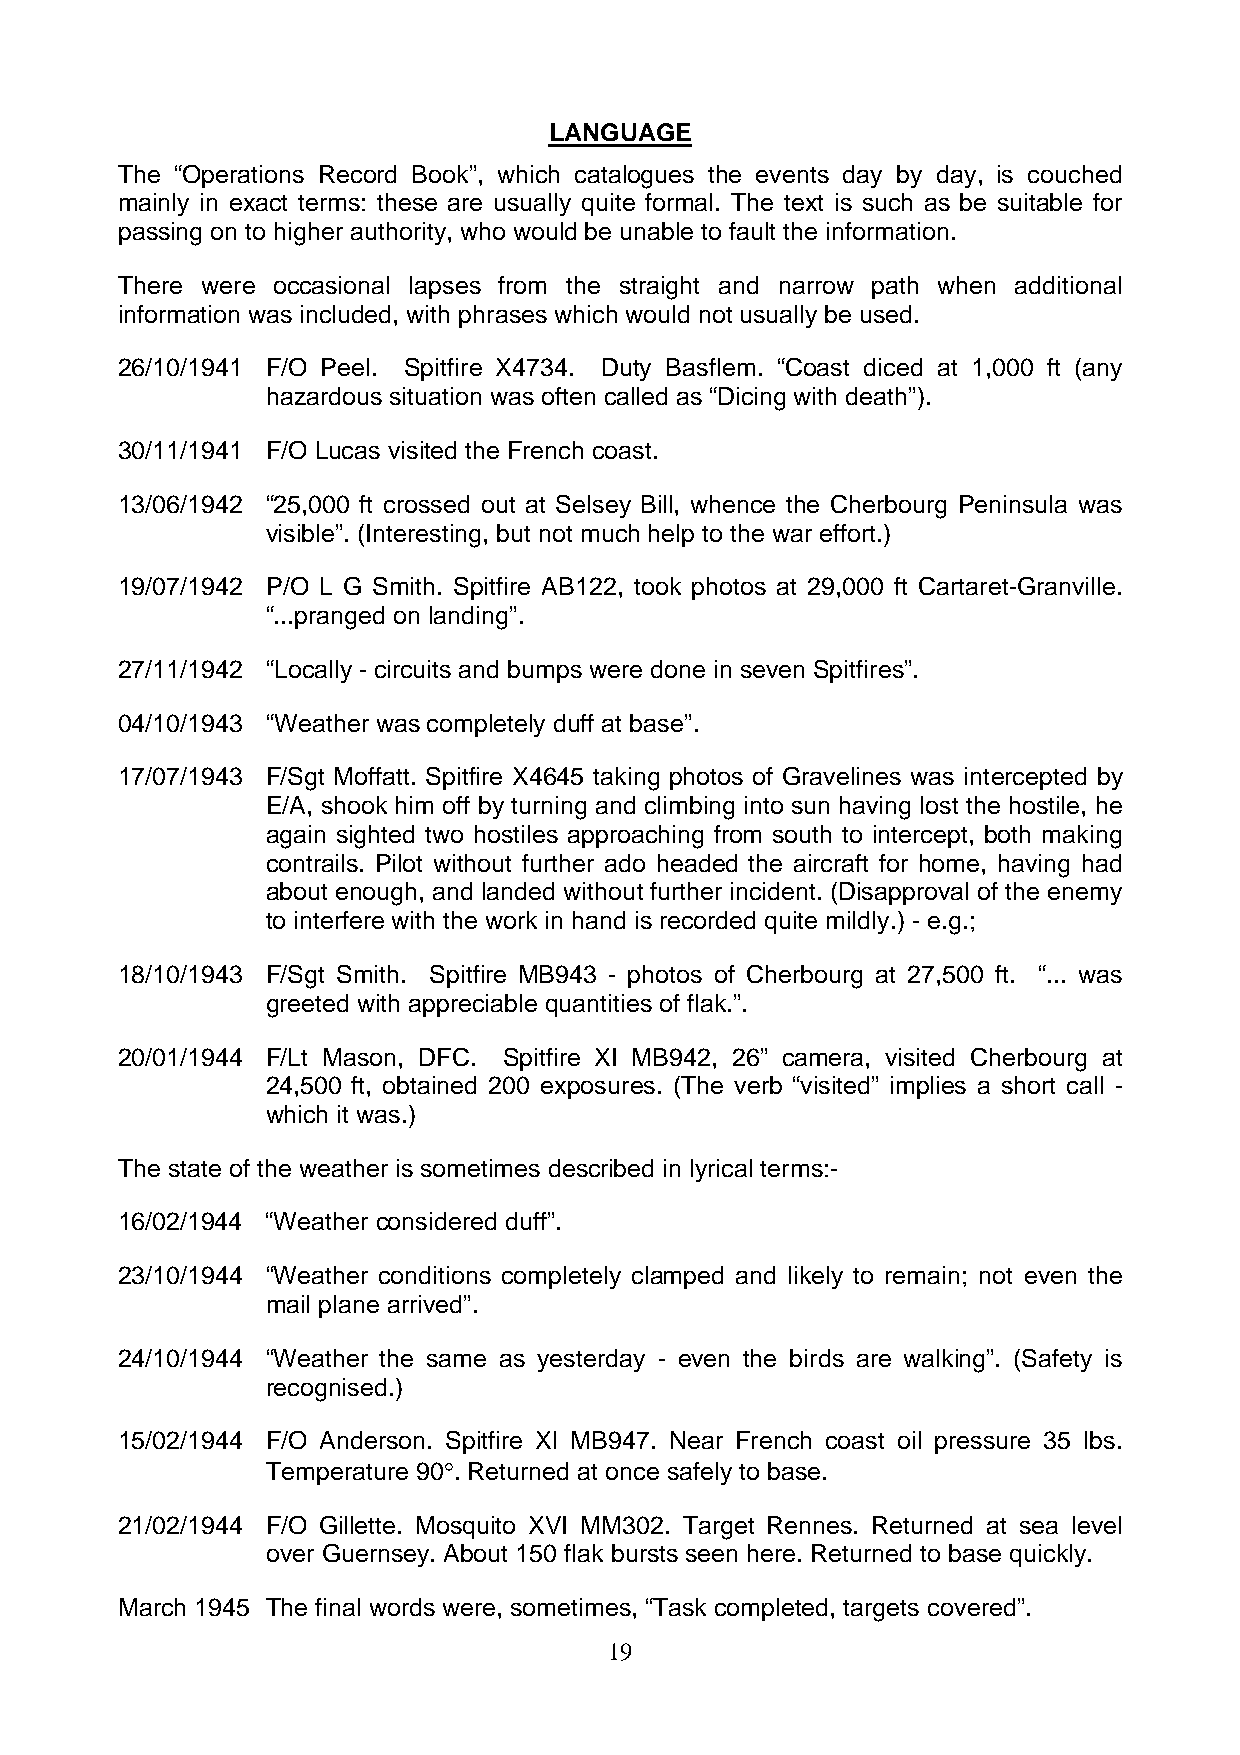
LANGUAGE
 The “Operations Record Book”, which catalogues the events day by day, is couched
 mainly in exact terms: these are usually quite formal. The text is such as be suitable for
 passing on to higher authority, who would be unable to fault the information.
 There were occasional lapses from the straight and narrow path when additional
 information was included, with phrases which would not usually be used.
 26/10/1941 F/O Peel. Spitfire X4734. Duty Basflem. “Coast diced at 1,000 ft (any
 hazardous situation was often called as “Dicing with death”).
 30/11/1941 F/O Lucas visited the French coast.
 13/06/1942 “25,000 ft crossed out at Selsey Bill, whence the Cherbourg Peninsula was
 visible”. (Interesting, but not much help to the war effort.)
 19/07/1942 P/O L G Smith. Spitfire AB122, took photos at 29,000 ft Cartaret-Granville.
 “...pranged on landing”.
 27/11/1942 “Locally - circuits and bumps were done in seven Spitfires”.
 04/10/1943 “Weather was completely duff at base”.
 17/07/1943 F/Sgt Moffatt. Spitfire X4645 taking photos of Gravelines was intercepted by
 E/A, shook him off by turning and climbing into sun having lost the hostile, he
 again sighted two hostiles approaching from south to intercept, both making
 contrails. Pilot without further ado headed the aircraft for home, having had
 about enough, and landed without further incident. (Disapproval of the enemy
 to interfere with the work in hand is recorded quite mildly.) - e.g.;
 18/10/1943 F/Sgt Smith. Spitfire MB943 - photos of Cherbourg at 27,500 ft. “... was
 greeted with appreciable quantities of flak.”.
 20/01/1944 F/Lt Mason, DFC. Spitfire XI MB942, 26” camera, visited Cherbourg at
 24,500 ft, obtained 200 exposures. (The verb “visited” implies a short call -
 which it was.)
 The state of the weather is sometimes described in lyrical terms:-
 16/02/1944 “Weather considered duff”.
 23/10/1944 “Weather conditions completely clamped and likely to remain; not even the
 mail plane arrived”.
 24/10/1944 “Weather the same as yesterday - even the birds are walking”. (Safety is
 recognised.)
 15/02/1944 F/O Anderson. Spitfire Xl MB947. Near French coast oil pressure 35 lbs.
 Temperature 90°. Returned at once safely to base.
 21/02/1944 F/O Gillette. Mosquito XVI MM302. Target Rennes. Returned at sea level
 over Guernsey. About 150 flak bursts seen here. Returned to base quickly.
 March 1945 The final words were, sometimes, “Task completed, targets covered”.
 19